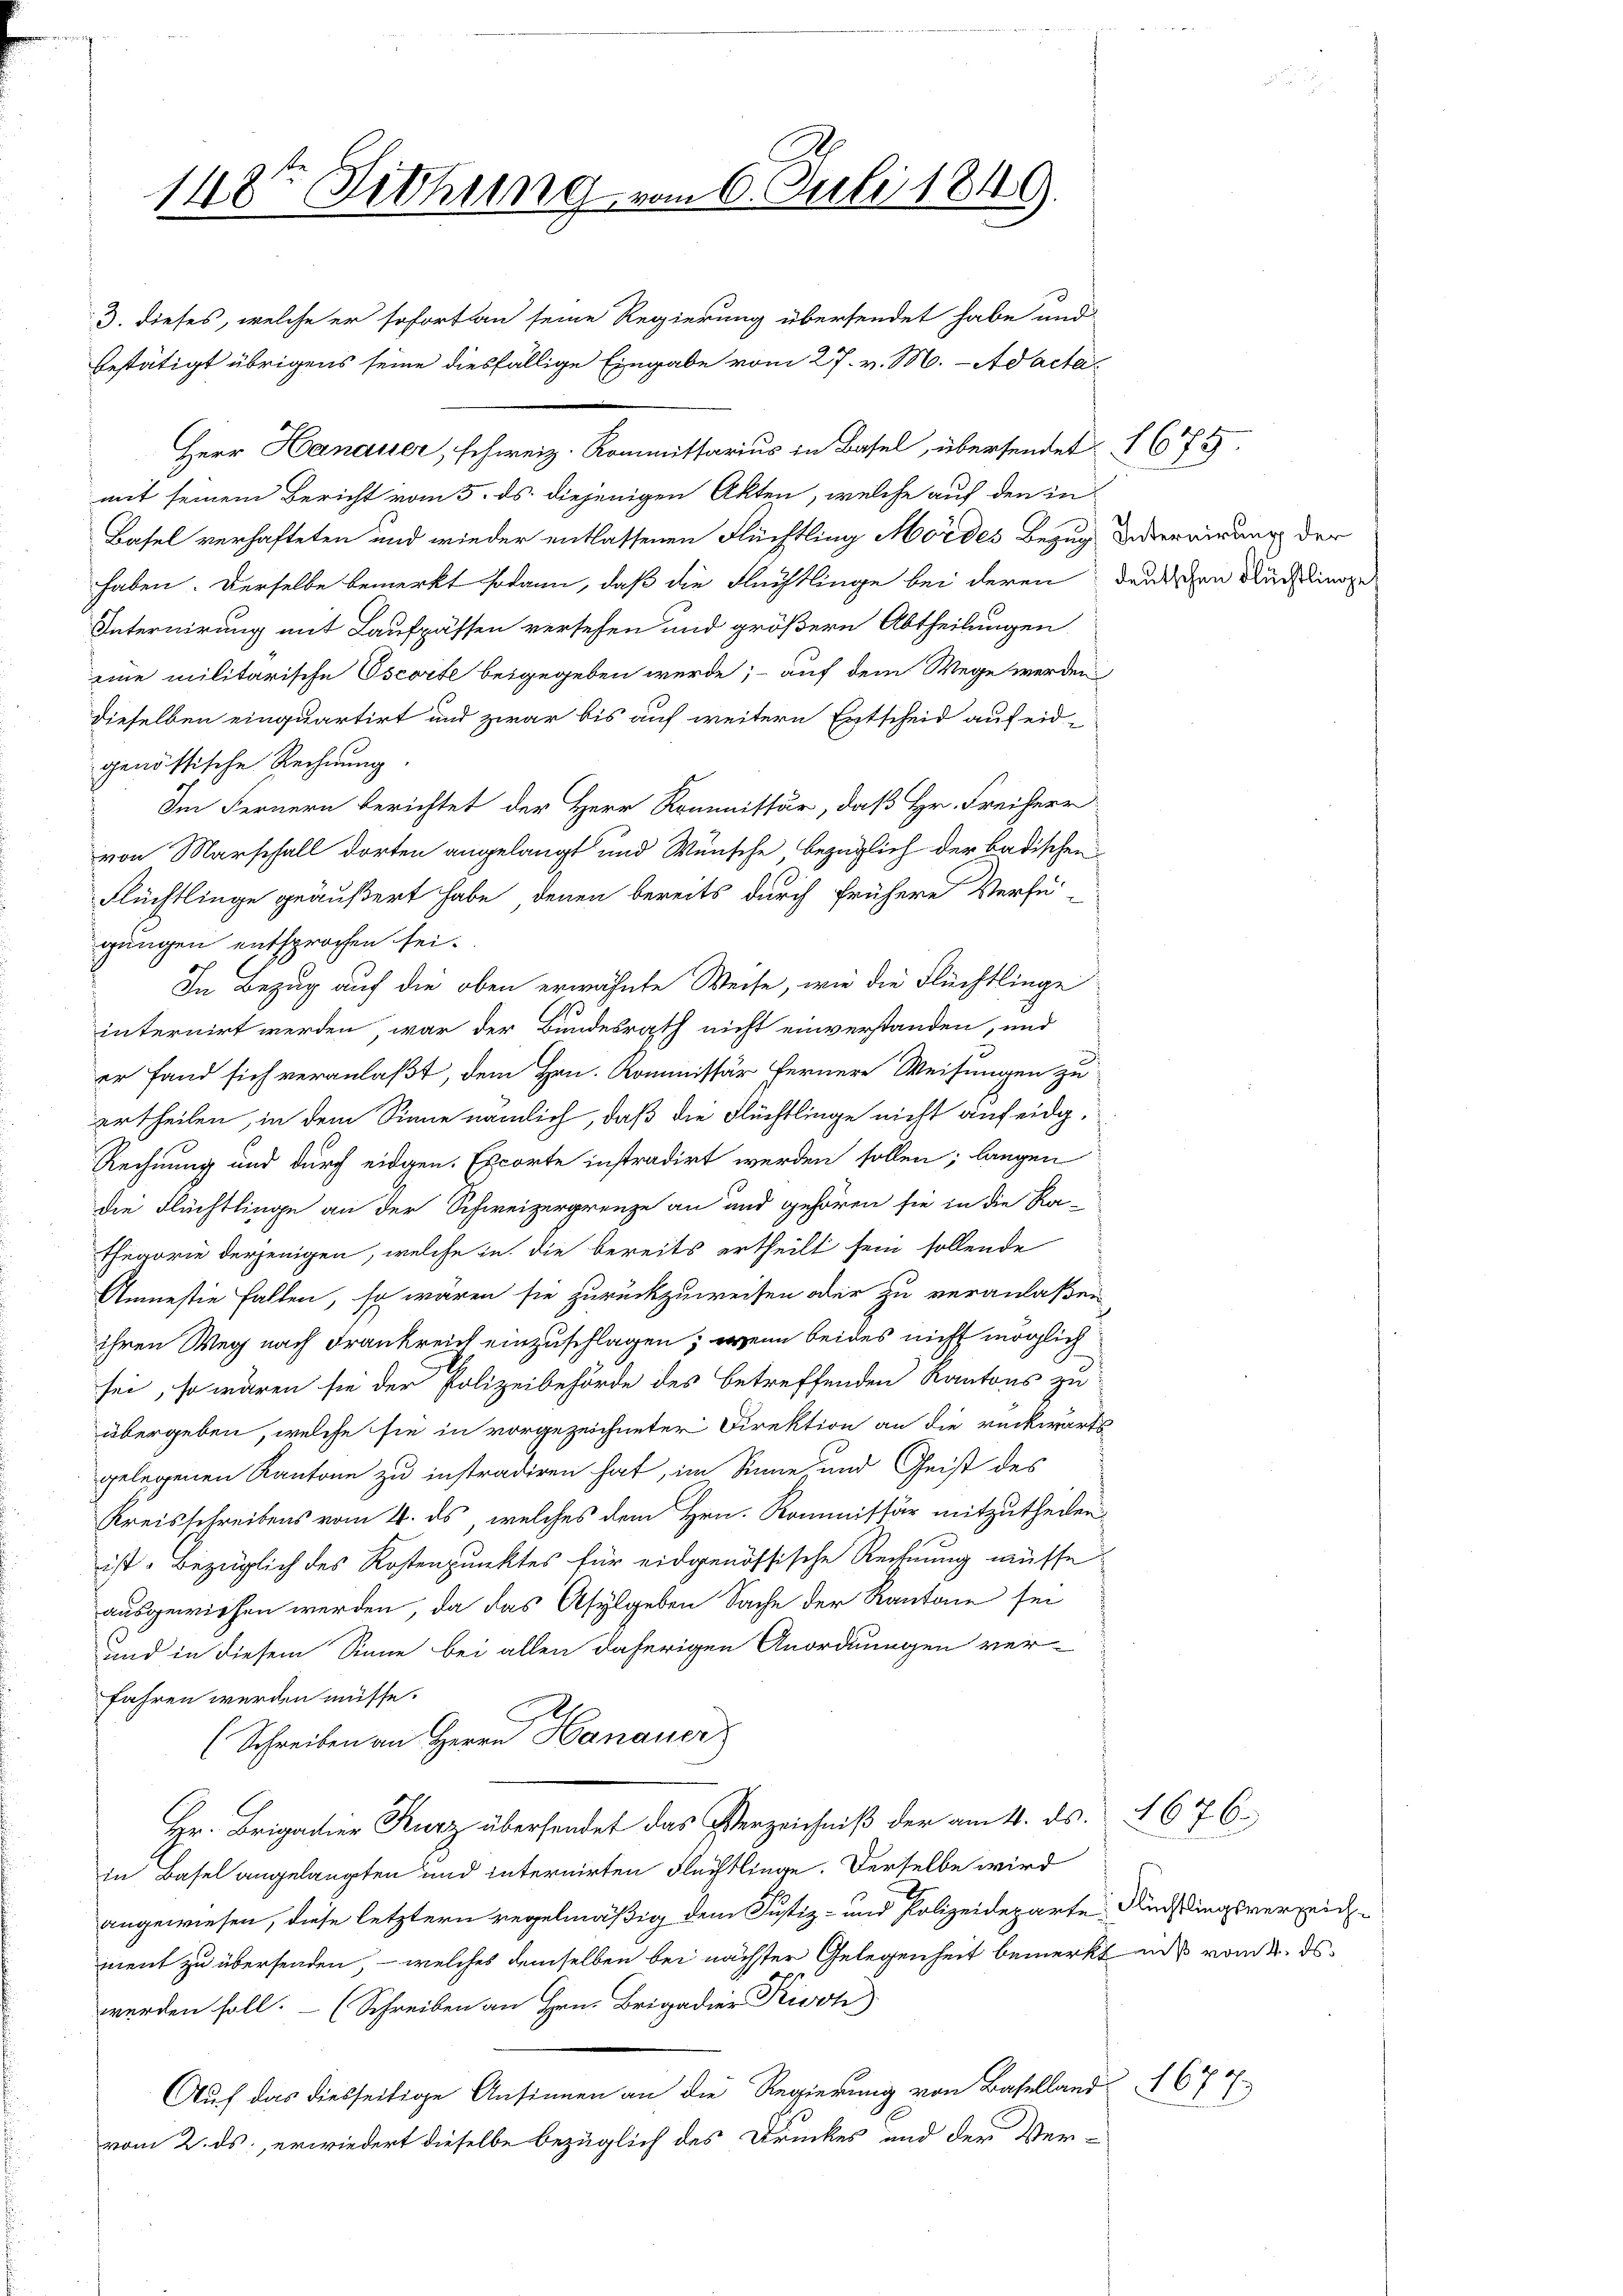
148te Sitzung vom 6. Juli 1849.
3. dieses, welche er sofort an seine Regierung übersendet habe und

bestätigt übrigens seine diesfällige Eingabe vom 27. v. M. Ad acta¬
Herr Hanauer, schweiz. Kommittarius in Basel, übersendet 1675.
mit seinem Bericht vom 5. ds. diejenigen Akten, welche auf den in
Basel verhafteten und wieder entlassenen Flüchtling Mordes Bezug überwirung der
haben. Derselbe bemerkt sodann, daß die Flüchtlinge bei deren deutschen Büchlinge
Internirung mit Laufpässen versehen und größern Abtheilungen
eine militärische Oscorte beigegeben werde; - auf dem Wege werden
dieselben einquartirt und zwar bis auf weitern Entscheid aufeid-
genössische Rechnung.
Im Fernern berichtet der Herr Kommissär, daß Hr. Freiherr
von Marschall dorten angelangt und Wünsche bezüglich der badischen
Flüchtlinge geäußert habe, denen bereits durch frühere Verfü-
gungen entsprochen sei.
In Bezug auf die oben erwähnte Weise, wie die Flüchtlinge
internirt werden, war der Bundesrath nicht einverstanden, und
er fand sich veranlaßt, dem Hrn. Kommissär fernere Weisungen zu
ertheilen, in dem Sinne nämlich, daß die Flüchtlinge nicht auf eidg¬
Rechnung und durch eidgen. Escorte instradirt werden sollen; langen
die Flüchtlinge an der Schweizergrenze an und gehören sie in die Ra-
thegorie derjenigen, welche in die bereits ertheilt sein sollende
Anestie fallen, so wären sie zurückzuweisen oder zu veranlaßen
ihren Weg nach Frankreich einzuschlagen; wenn beides nicht möglich
sei, so wären sie der Polizeibehörde des betreffenden Kantons zu
übergeben, welche sie in vorgezeichneter Direktion an die rückwärts
gelegenen Kantone zu instradiren hat, im Sinne und Geist des
Kreisschreibens vom 4. ds, welches dem Hrn. Kommissär mitzutheilen
ist. Bezüglich des Kostenpunktes für eidgenössische Rechnung müsse.
ausgewiesen werden, da das Asylgeben Sache der Kantone sei
Kund in diesem Sinne bei allen daherigen Anordnungen ver-
fahren werden müsse.
(Schreiben an Herrn Hanauer
Hr. Brigadier Kurz übersendet das Verzeichniß der am 4. ds. 1676.
in Basel angelangten und internirten Flechtlinge. Derselbe wird
angewiesen, diese letztern regelmäßig dem Justiz- und Polizeideparte Redingsverzeichment zu übersenden, – welches demselben bei nächster Gelegenheit bemerkt uns vom 4. ds.
werden soll. - (Schreiben an Hrn. Brigadier Kin
Auf das diesseitige Ansinnen an die Regierung von Baselland 67 f.
vom 2. ds. erwiedert dieselbe bezüglich des Druckes und der Ver-

7